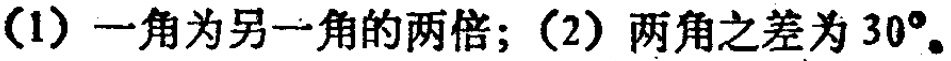
(1) 一角为另一角的两倍；(2) 两角之差为 \(30^{\circ}\)。